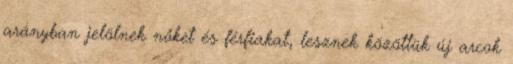
arányban jelölnek nőket és férfiakat, lesznek közöttük új arcok